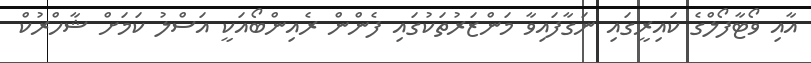
އާއި ވޯޓާފޯލްގެ ކައިރީގައި ނަގާފައިވާ މަންޒަރުތަކުގައި ފެންން ރެއިންބޯއަކީ އަސްލު ކަމަށް ޝާހްރުކް